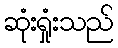
ဆုံးရှုံးသည်